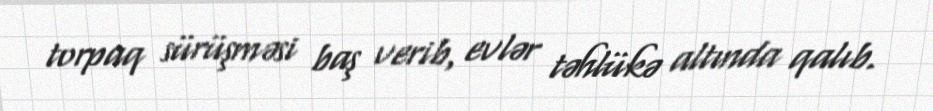
torpaq sürüşməsi baş verib, evlər təhlükə altında qalıb.